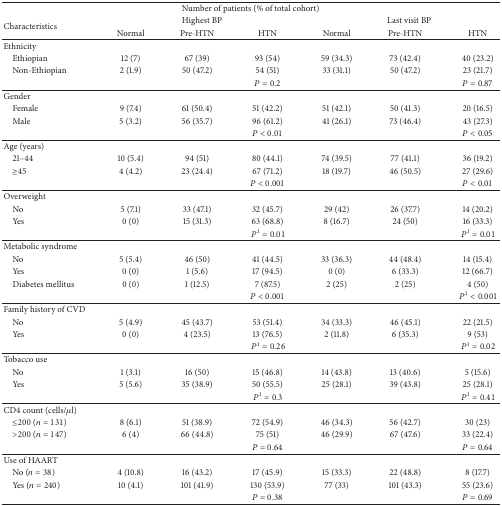
<table><thead><tr><td colspan="7"><b>Number of patients (% of total cohort)</b></td></tr><tr><td rowspan="2"><b>Characteristics</b></td><td colspan="3"><b>Highest BP</b></td><td colspan="3"><b>Last visit BP</b></td></tr><tr><td><b>Normal</b></td><td><b>Pre-HTN</b></td><td><b>HTN</b></td><td><b>Normal</b></td><td><b>Pre-HTN</b></td><td><b>HTN</b></td></tr></thead><tbody><tr><td>Ethnicity</td><td> </td><td> </td><td> </td><td> </td><td> </td><td> </td></tr><tr><td> Ethiopian</td><td>12 (7)</td><td>67 (39)</td><td>93 (54)</td><td>59 (34.3)</td><td>73 (42.4)</td><td>40 (23.2)</td></tr><tr><td> Non-Ethiopian</td><td>2 (1.9)</td><td>50 (47.2)</td><td>54 (51)</td><td>33 (31.1)</td><td>50 (47.2)</td><td>23 (21.7)</td></tr><tr><td> </td><td> </td><td> </td><td><i>P</i> = 0.2</td><td> </td><td> </td><td><i>P</i> = 0.87</td></tr><tr><td>Gender</td><td> </td><td> </td><td> </td><td> </td><td> </td><td> </td></tr><tr><td> Female</td><td>9 (7.4)</td><td>61 (50.4)</td><td>51 (42.2)</td><td>51 (42.1)</td><td>50 (41.3)</td><td>20 (16.5)</td></tr><tr><td> Male</td><td>5 (3.2)</td><td>56 (35.7)</td><td>96 (61.2)</td><td>41 (26.1)</td><td>73 (46.4)</td><td>43 (27.3)</td></tr><tr><td> </td><td> </td><td> </td><td><i>P</i> &lt; 0.01</td><td> </td><td> </td><td><i>P</i> &lt; 0.05</td></tr><tr><td>Age (years)</td><td> </td><td> </td><td> </td><td> </td><td> </td><td> </td></tr><tr><td> 21–44</td><td>10 (5.4)</td><td>94 (51)</td><td>80 (44.1)</td><td>74 (39.5)</td><td>77 (41.1)</td><td>36 (19.2)</td></tr><tr><td> ≥45</td><td>4 (4.2)</td><td>23 (24.4)</td><td>67 (71.2)</td><td>18 (19.7)</td><td>46 (50.5)</td><td>27 (29.6)</td></tr><tr><td> </td><td> </td><td> </td><td><i>P</i> &lt; 0.001</td><td> </td><td> </td><td><i>P</i> &lt; 0.01</td></tr><tr><td>Overweight</td><td> </td><td> </td><td> </td><td> </td><td> </td><td> </td></tr><tr><td> No</td><td>5 (7.1)</td><td>33 (47.1)</td><td>32 (45.7)</td><td>29 (42)</td><td>26 (37.7)</td><td>14 (20.2)</td></tr><tr><td> Yes</td><td>0 (0)</td><td>15 (31.3)</td><td>63 (68.8)</td><td>8 (16.7)</td><td>24 (50)</td><td>16 (33.3)</td></tr><tr><td> </td><td> </td><td> </td><td> <i>P</i><sup>1</sup> = 0.01</td><td> </td><td> </td><td> <i>P</i><sup>1</sup> = 0.01</td></tr><tr><td>Metabolic syndrome</td><td> </td><td> </td><td> </td><td> </td><td> </td><td> </td></tr><tr><td> No</td><td>5 (5.4)</td><td>46 (50)</td><td>41 (44.5)</td><td>33 (36.3)</td><td>44 (48.4)</td><td>14 (15.4)</td></tr><tr><td> Yes</td><td>0 (0)</td><td>1 (5.6)</td><td>17 (94.5)</td><td>0 (0)</td><td>6 (33.3)</td><td>12 (66.7)</td></tr><tr><td> Diabetes mellitus</td><td>0 (0)</td><td>1 (12.5)</td><td>7 (87.5)</td><td>2 (25)</td><td>2 (25)</td><td>4 (50)</td></tr><tr><td> </td><td> </td><td> </td><td><i>P</i> &lt; 0.001</td><td> </td><td> </td><td> <i>P</i><sup>1</sup> &lt; 0.001</td></tr><tr><td>Family history of CVD</td><td> </td><td> </td><td> </td><td> </td><td> </td><td> </td></tr><tr><td> No</td><td>5 (4.9)</td><td>45 (43.7)</td><td>53 (51.4)</td><td>34 (33.3)</td><td>46 (45.1)</td><td>22 (21.5)</td></tr><tr><td> Yes</td><td>0 (0)</td><td>4 (23.5)</td><td>13 (76.5)</td><td>2 (11.8)</td><td>6 (35.3)</td><td>9 (53)</td></tr><tr><td> </td><td> </td><td> </td><td> <i>P</i><sup>1</sup> = 0.26</td><td> </td><td> </td><td> <i>P</i><sup>1</sup> = 0.02</td></tr><tr><td>Tobacco use</td><td> </td><td> </td><td> </td><td> </td><td> </td><td> </td></tr><tr><td> No</td><td>1 (3.1)</td><td>16 (50)</td><td>15 (46.8)</td><td>14 (43.8)</td><td>13 (40.6)</td><td>5 (15.6)</td></tr><tr><td> Yes</td><td>5 (5.6)</td><td>35 (38.9)</td><td>50 (55.5)</td><td>25 (28.1)</td><td>39 (43.8)</td><td>25 (28.1)</td></tr><tr><td> </td><td> </td><td> </td><td> <i>P</i><sup>1</sup> = 0.3</td><td> </td><td> </td><td> <i>P</i><sup>1</sup> = 0.41</td></tr><tr><td>CD4 count (cells/<i>μ</i>l)</td><td> </td><td> </td><td> </td><td> </td><td> </td><td> </td></tr><tr><td> ≤200 (<i>n</i> = 131)</td><td>8 (6.1)</td><td>51 (38.9)</td><td>72 (54.9)</td><td>46 (34.3)</td><td>56 (42.7)</td><td>30 (23)</td></tr><tr><td> &gt;200 (<i>n</i> = 147)</td><td>6 (4)</td><td>66 (44.8)</td><td>75 (51)</td><td>46 (29.9)</td><td>67 (47.6)</td><td>33 (22.4)</td></tr><tr><td> </td><td> </td><td> </td><td><i>P</i> = 0.64</td><td> </td><td> </td><td><i>P</i> = 0.64</td></tr><tr><td>Use of HAART</td><td> </td><td> </td><td> </td><td> </td><td> </td><td> </td></tr><tr><td> No (<i>n</i> = 38)</td><td>4 (10.8)</td><td>16 (43.2)</td><td>17 (45.9)</td><td>15 (33.3)</td><td>22 (48.8)</td><td>8 (17.7)</td></tr><tr><td> Yes (<i>n</i> = 240)</td><td>10 (4.1)</td><td>101 (41.9)</td><td>130 (53.9)</td><td>77 (33)</td><td>101 (43.3)</td><td>55 (23.6)</td></tr><tr><td> </td><td> </td><td> </td><td><i>P</i> = 0.38</td><td> </td><td> </td><td><i>P</i> = 0.69</td></tr></tbody></table>